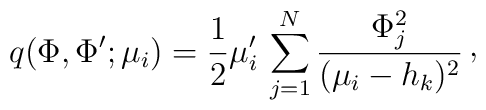
q(\Phi,\Phi';\mu _{i}) = {1\over 2} \mu_{i}' \, \sum_{j=1}^{N} {\Phi _{j}^{2}\over (\mu _{i}-h_{k})^{2}}\, \raise 2pt\hbox{,}